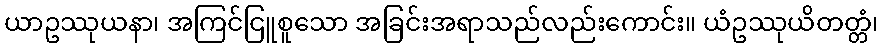
ယာဥဿုယနာ၊ အကြင်ငြူစူသော အခြင်းအရာသည်လည်းကောင်း။ ယံဥဿုယိတတ္တံ၊